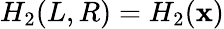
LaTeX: H_{2}(L,R)=H_{2}(\mathbf{x})